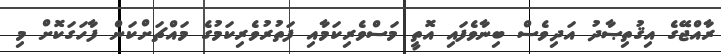
ރާއްޖޭގެ އިޤުތިޞާދު އަދިވެސް ބިނާވެފައި އޮތީ މަސްވެރިކަމާއި ފަތުރުވެރިކަމުގެ މައްޗަށްކަން ފާހަގަކޮށް މި